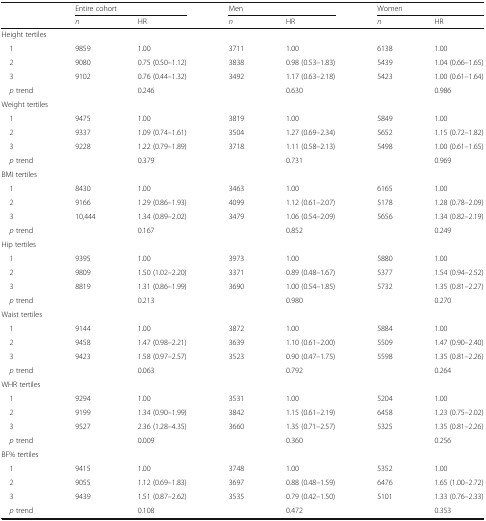
<table><thead><tr><td rowspan="2"></td><td colspan="2"><b>Entire cohort</b></td><td colspan="2"><b>Men</b></td><td colspan="2"><b>Women</b></td></tr><tr><td><b><i>n</i></b></td><td><b>HR</b></td><td><b><i>n</i></b></td><td><b>HR</b></td><td><b><i>n</i></b></td><td><b>HR</b></td></tr></thead><tbody><tr><td colspan="7">Height tertiles</td></tr><tr><td> 1</td><td>9859</td><td>1.00</td><td>3711</td><td>1.00</td><td>6138</td><td>1.00</td></tr><tr><td> 2</td><td>9080</td><td>0.75 (0.50–1.12)</td><td>3838</td><td>0.98 (0.53–1.83)</td><td>5439</td><td>1.04 (0.66–1.65)</td></tr><tr><td> 3</td><td>9102</td><td>0.76 (0.44–1.32)</td><td>3492</td><td>1.17 (0.63–2.18)</td><td>5423</td><td>1.00 (0.61–1.64)</td></tr><tr><td> <i>p</i> trend</td><td></td><td>0.246</td><td></td><td>0.630</td><td></td><td>0.986</td></tr><tr><td colspan="7">Weight tertiles</td></tr><tr><td> 1</td><td>9475</td><td>1.00</td><td>3819</td><td>1.00</td><td>5849</td><td>1.00</td></tr><tr><td> 2</td><td>9337</td><td>1.09 (0.74–1.61)</td><td>3504</td><td>1.27 (0.69–2.34)</td><td>5652</td><td>1.15 (0.72–1.82)</td></tr><tr><td> 3</td><td>9228</td><td>1.22 (0.79–1.89)</td><td>3718</td><td>1.11 (0.58–2.13)</td><td>5498</td><td>1.00 (0.61–1.65)</td></tr><tr><td> <i>p</i> trend</td><td></td><td>0.379</td><td></td><td>0.731</td><td></td><td>0.969</td></tr><tr><td colspan="7">BMI tertiles</td></tr><tr><td> 1</td><td>8430</td><td>1.00</td><td>3463</td><td>1.00</td><td>6165</td><td>1.00</td></tr><tr><td> 2</td><td>9166</td><td>1.29 (0.86–1.93)</td><td>4099</td><td>1.12 (0.61–2.07)</td><td>5178</td><td>1.28 (0.78–2.09)</td></tr><tr><td> 3</td><td>10,444</td><td>1.34 (0.89–2.02)</td><td>3479</td><td>1.06 (0.54–2.09)</td><td>5656</td><td>1.34 (0.82–2.19)</td></tr><tr><td> <i>p</i> trend</td><td></td><td>0.167</td><td></td><td>0.852</td><td></td><td>0.249</td></tr><tr><td colspan="7">Hip tertiles</td></tr><tr><td> 1</td><td>9395</td><td>1.00</td><td>3973</td><td>1.00</td><td>5880</td><td>1.00</td></tr><tr><td> 2</td><td>9809</td><td>1.50 (1.02–2.20)</td><td>3371</td><td>0.89 (0.48–1.67)</td><td>5377</td><td>1.54 (0.94–2.52)</td></tr><tr><td> 3</td><td>8819</td><td>1.31 (0.86–1.99)</td><td>3690</td><td>1.00 (0.54–1.85)</td><td>5732</td><td>1.35 (0.81–2.27)</td></tr><tr><td> <i>p</i> trend</td><td></td><td>0.213</td><td></td><td>0.980</td><td></td><td>0.270</td></tr><tr><td colspan="7">Waist tertiles</td></tr><tr><td> 1</td><td>9144</td><td>1.00</td><td>3872</td><td>1.00</td><td>5884</td><td>1.00</td></tr><tr><td> 2</td><td>9458</td><td>1.47 (0.98–2.21)</td><td>3639</td><td>1.10 (0.61–2.00)</td><td>5509</td><td>1.47 (0.90–2.40)</td></tr><tr><td> 3</td><td>9423</td><td>1.58 (0.97–2.57)</td><td>3523</td><td>0.90 (0.47–1.75)</td><td>5598</td><td>1.35 (0.81–2.26)</td></tr><tr><td> <i>p</i> trend</td><td></td><td>0.063</td><td></td><td>0.792</td><td></td><td>0.264</td></tr><tr><td colspan="7">WHR tertiles</td></tr><tr><td> 1</td><td>9294</td><td>1.00</td><td>3531</td><td>1.00</td><td>5204</td><td>1.00</td></tr><tr><td> 2</td><td>9199</td><td>1.34 (0.90–1.99)</td><td>3842</td><td>1.15 (0.61–2.19)</td><td>6458</td><td>1.23 (0.75–2.02)</td></tr><tr><td> 3</td><td>9527</td><td>2.36 (1.28–4.35)</td><td>3660</td><td>1.35 (0.71–2.57)</td><td>5325</td><td>1.35 (0.81–2.26)</td></tr><tr><td> <i>p</i> trend</td><td></td><td>0.009</td><td></td><td>0.360</td><td></td><td>0.256</td></tr><tr><td colspan="7">BF% tertiles</td></tr><tr><td> 1</td><td>9415</td><td>1.00</td><td>3748</td><td>1.00</td><td>5352</td><td>1.00</td></tr><tr><td> 2</td><td>9055</td><td>1.12 (0.69–1.83)</td><td>3697</td><td>0.88 (0.48–1.59)</td><td>6476</td><td>1.65 (1.00–2.72)</td></tr><tr><td> 3</td><td>9439</td><td>1.51 (0.87–2.62)</td><td>3535</td><td>0.79 (0.42–1.50)</td><td>5101</td><td>1.33 (0.76–2.33)</td></tr><tr><td> <i>p</i> trend</td><td></td><td>0.108</td><td></td><td>0.472</td><td></td><td>0.353</td></tr></tbody></table>